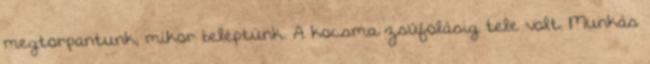
megtorpantunk, mikor beléptünk. A kocsma zsúfolásig tele volt. Munkás